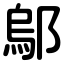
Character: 鄔